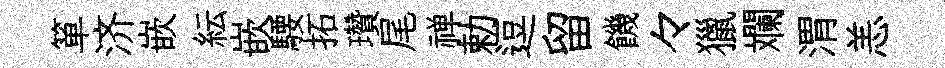
箪济嵌紜嵌騕拓瓚尾禅勅逗留饑々獵斕渭恙